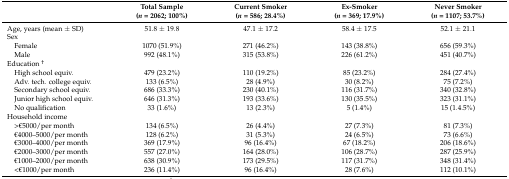
<table><thead><tr><td></td><td><b>Total Sample(<i>n</i> = 2062; 100%)</b></td><td><b>Current Smoker(<i>n</i> = 586; 28.4%)</b></td><td><b>Ex-Smoker(<i>n</i> = 369; 17.9%)</b></td><td><b>Never Smoker(<i>n</i> = 1107; 53.7%)</b></td></tr></thead><tbody><tr><td>Age, years (mean ± SD)</td><td>51.8 ± 19.8</td><td>47.1 ± 17.2</td><td>58.4 ± 17.5</td><td>52.1 ± 21.1</td></tr><tr><td>Sex</td><td></td><td></td><td></td><td></td></tr><tr><td> Female</td><td>1070 (51.9%)</td><td>271 (46.2%)</td><td>143 (38.8%)</td><td>656 (59.3%)</td></tr><tr><td> Male</td><td>992 (48.1%)</td><td>315 (53.8%)</td><td>226 (61.2%)</td><td>451 (40.7%)</td></tr><tr><td>Education <sup>†</sup></td><td></td><td></td><td></td><td></td></tr><tr><td> High school equiv.</td><td>479 (23.2%)</td><td>110 (19.2%)</td><td>85 (23.2%)</td><td>284 (27.4%)</td></tr><tr><td> Adv. tech. college equiv.</td><td>133 (6.5%)</td><td>28 (4.9%)</td><td>30 (8.2%)</td><td>75 (7.2%)</td></tr><tr><td> Secondary school equiv.</td><td>686 (33.3%)</td><td>230 (40.1%)</td><td>116 (31.7%)</td><td>340 (32.8%)</td></tr><tr><td> Junior high school equiv.</td><td>646 (31.3%)</td><td>193 (33.6%)</td><td>130 (35.5%)</td><td>323 (31.1%)</td></tr><tr><td> No qualification</td><td>33 (1.6%)</td><td>13 (2.3%)</td><td>5 (1.4%)</td><td>15 (1.4.5%)</td></tr><tr><td>Household income</td><td colspan="4"></td></tr><tr><td> &gt;€5000/per month</td><td>134 (6.5%)</td><td>26 (4.4%)</td><td>27 (7.3%)</td><td>81 (7.3%)</td></tr><tr><td> €4000–5000/per month</td><td>128 (6.2%)</td><td>31 (5.3%)</td><td>24 (6.5%)</td><td>73 (6.6%)</td></tr><tr><td> €3000–4000/per month</td><td>369 (17.9%)</td><td>96 (16.4%)</td><td>67 (18.2%)</td><td>206 (18.6%)</td></tr><tr><td> €2000–3000/per month</td><td>557 (27.0%)</td><td>164 (28.0%)</td><td>106 (28.7%)</td><td>287 (25.9%)</td></tr><tr><td> €1000–2000/per month</td><td>638 (30.9%)</td><td>173 (29.5%)</td><td>117 (31.7%)</td><td>348 (31.4%)</td></tr><tr><td> &lt;€1000/per month</td><td>236 (11.4%)</td><td>96 (16.4%)</td><td>28 (7.6%)</td><td>112 (10.1%)</td></tr></tbody></table>